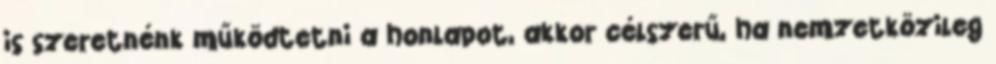
is szeretnénk működtetni a honlapot, akkor célszerű, ha nemzetközileg